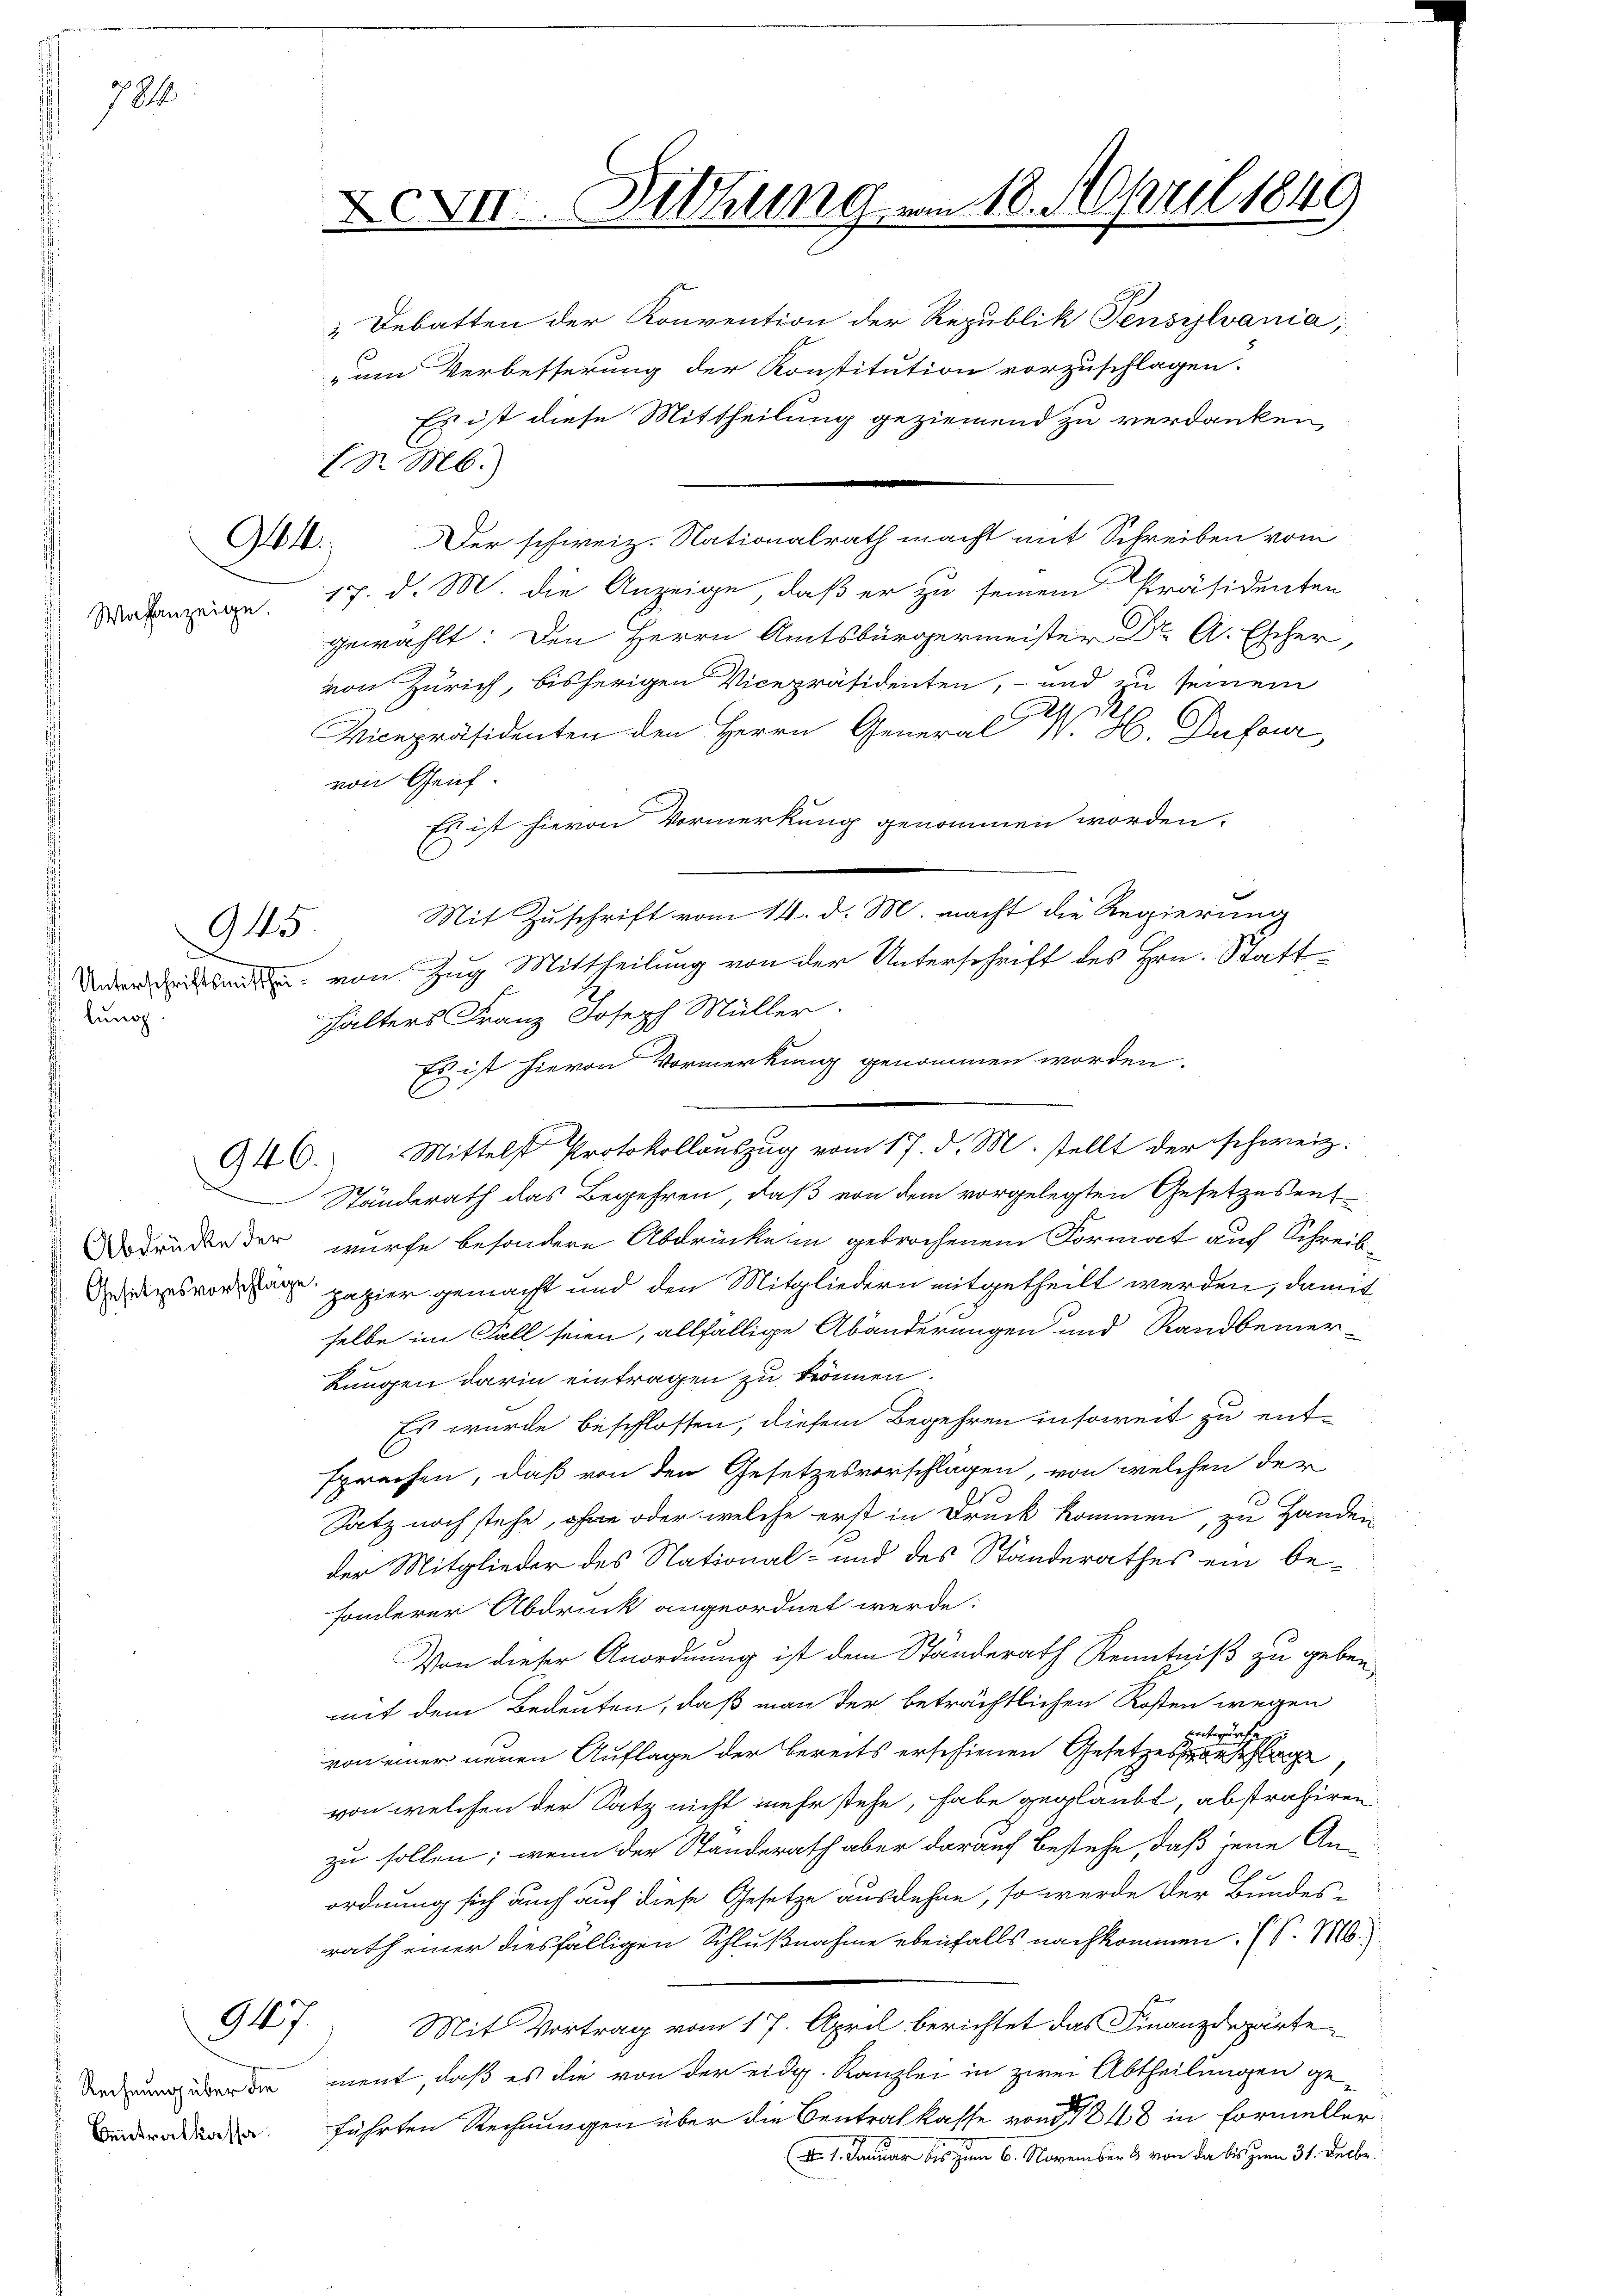
782

945

G.

Wahlanzeige.

lung.

946.

947.

Rechnung über die
Centralkassa

Debatten der Konvention der Republik Pensylvania,
um Verbesserung der Konstitution vorzuschlagen.
Es ist diese Mittheilung geziemend zu verdanken,
Der schweiz. Nationalrath macht mit Schreiben vom
17. d. M. die Anzeige, daß er zu seinem Präsidenten
gewählt: Den Herrn Amtsbürgermeister Dr. A. Escher,
von Zürich, bisherigen Vicepräsidenten, - und zu seinem
Vicepräsidenten den Herrn General . H. Dufour,
von Genf
Es ist hievon Vormerkung genommen worden.
Mit Zuschrift vom 14. d. M. macht die Regierung
 von Zug Mittheilung von der Unterschrift des Hrn. Statthhalters Franz Joseph Müller.
Es ist hievon Vormerkung genommen worden.
Mittelst Protokollauszug vom 17. d. M. stellt der schweiz.
Ständerath das Begehren, daß von dem vorgelegten Gesetzesent¬
Ardruckte der wurde besondere Abdrücke in gebrochenem Format auf Schreibsvo papier gemacht und den Mitgliedern mitgetheilt werden, damit
selbe im Fall seien, allfällige Abänderungen und Randbemer-
Lungen darin eintragen zu krönnen.
Es wurde beschlossen, diesem Begehren insoweit zu entsprechen, daß von den Gesetzesvorschlägen, von welchen der
.
Satz noch stehe, ohne oder welche erst in Druck kommen, zu Handen
der Mitglieder des National- und des Standerathes ein besonderer Abdruck angeordnet werde:
Von dieser Anordnung ist dem Ständerath Kenntniß zu geben.
mit dem Bedeuten, daß man der beträchtlichen Kosten wegen
wach
n des
von einer neuen Auflage der bereits erschienen Gesetzesvorschlage
von welchen der Satz nicht mehr stehe, habe geglaubt, abstrahiren.
zu sollen; wenn der Ständerath aber darauf bestehe, daß jene An-
ordnung sich auch auf diese Gesetze ausdehne, so werde der Bundes-
rath einer diesfälligen Schlußnahme ebenfalls nachkommen. (S. 16.
Mit Vortrag vom 17. April berichtet das Finanzdeparte
ment, daß es die von der eidg. Kanzlei in zwei Abtheilungen geführten Rechnungen über die Centralkasse von 1848 in Formeller
(d. 1. Januar bis zum 6. November & von da bis zum 31. Decbr.

XVIII. Mithung am 18. April 1849

(S. M.)